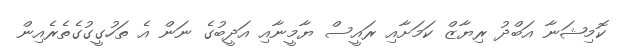
ކޮމިޝަނާ އަބްދު ރިޔާޒް ކަމަށާއި ރައީސް ޔާމީނާއި އަދީބުގެ ނަން އެ ތަހުގީގުގެތެރެއިން